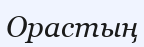
Орастың